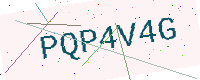
Text: PQP4V4G